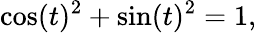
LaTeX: \cos(t)^{2}+\sin(t)^{2}=1,